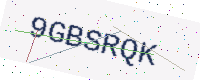
Text: 9GBSRQK